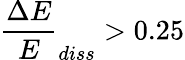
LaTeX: \frac{\Delta E}{E}_{diss}>0.25